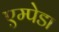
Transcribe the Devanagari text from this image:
एम्पेडा